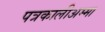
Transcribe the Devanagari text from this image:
पत्रकालीअम्मा